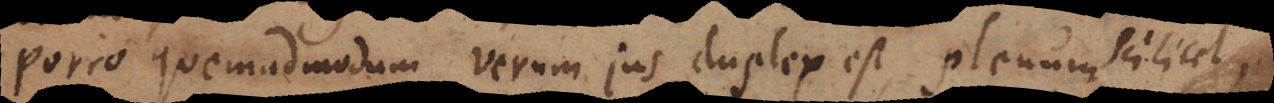
Porro quemadmodum verum jus duplex est, plenum